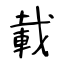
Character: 載